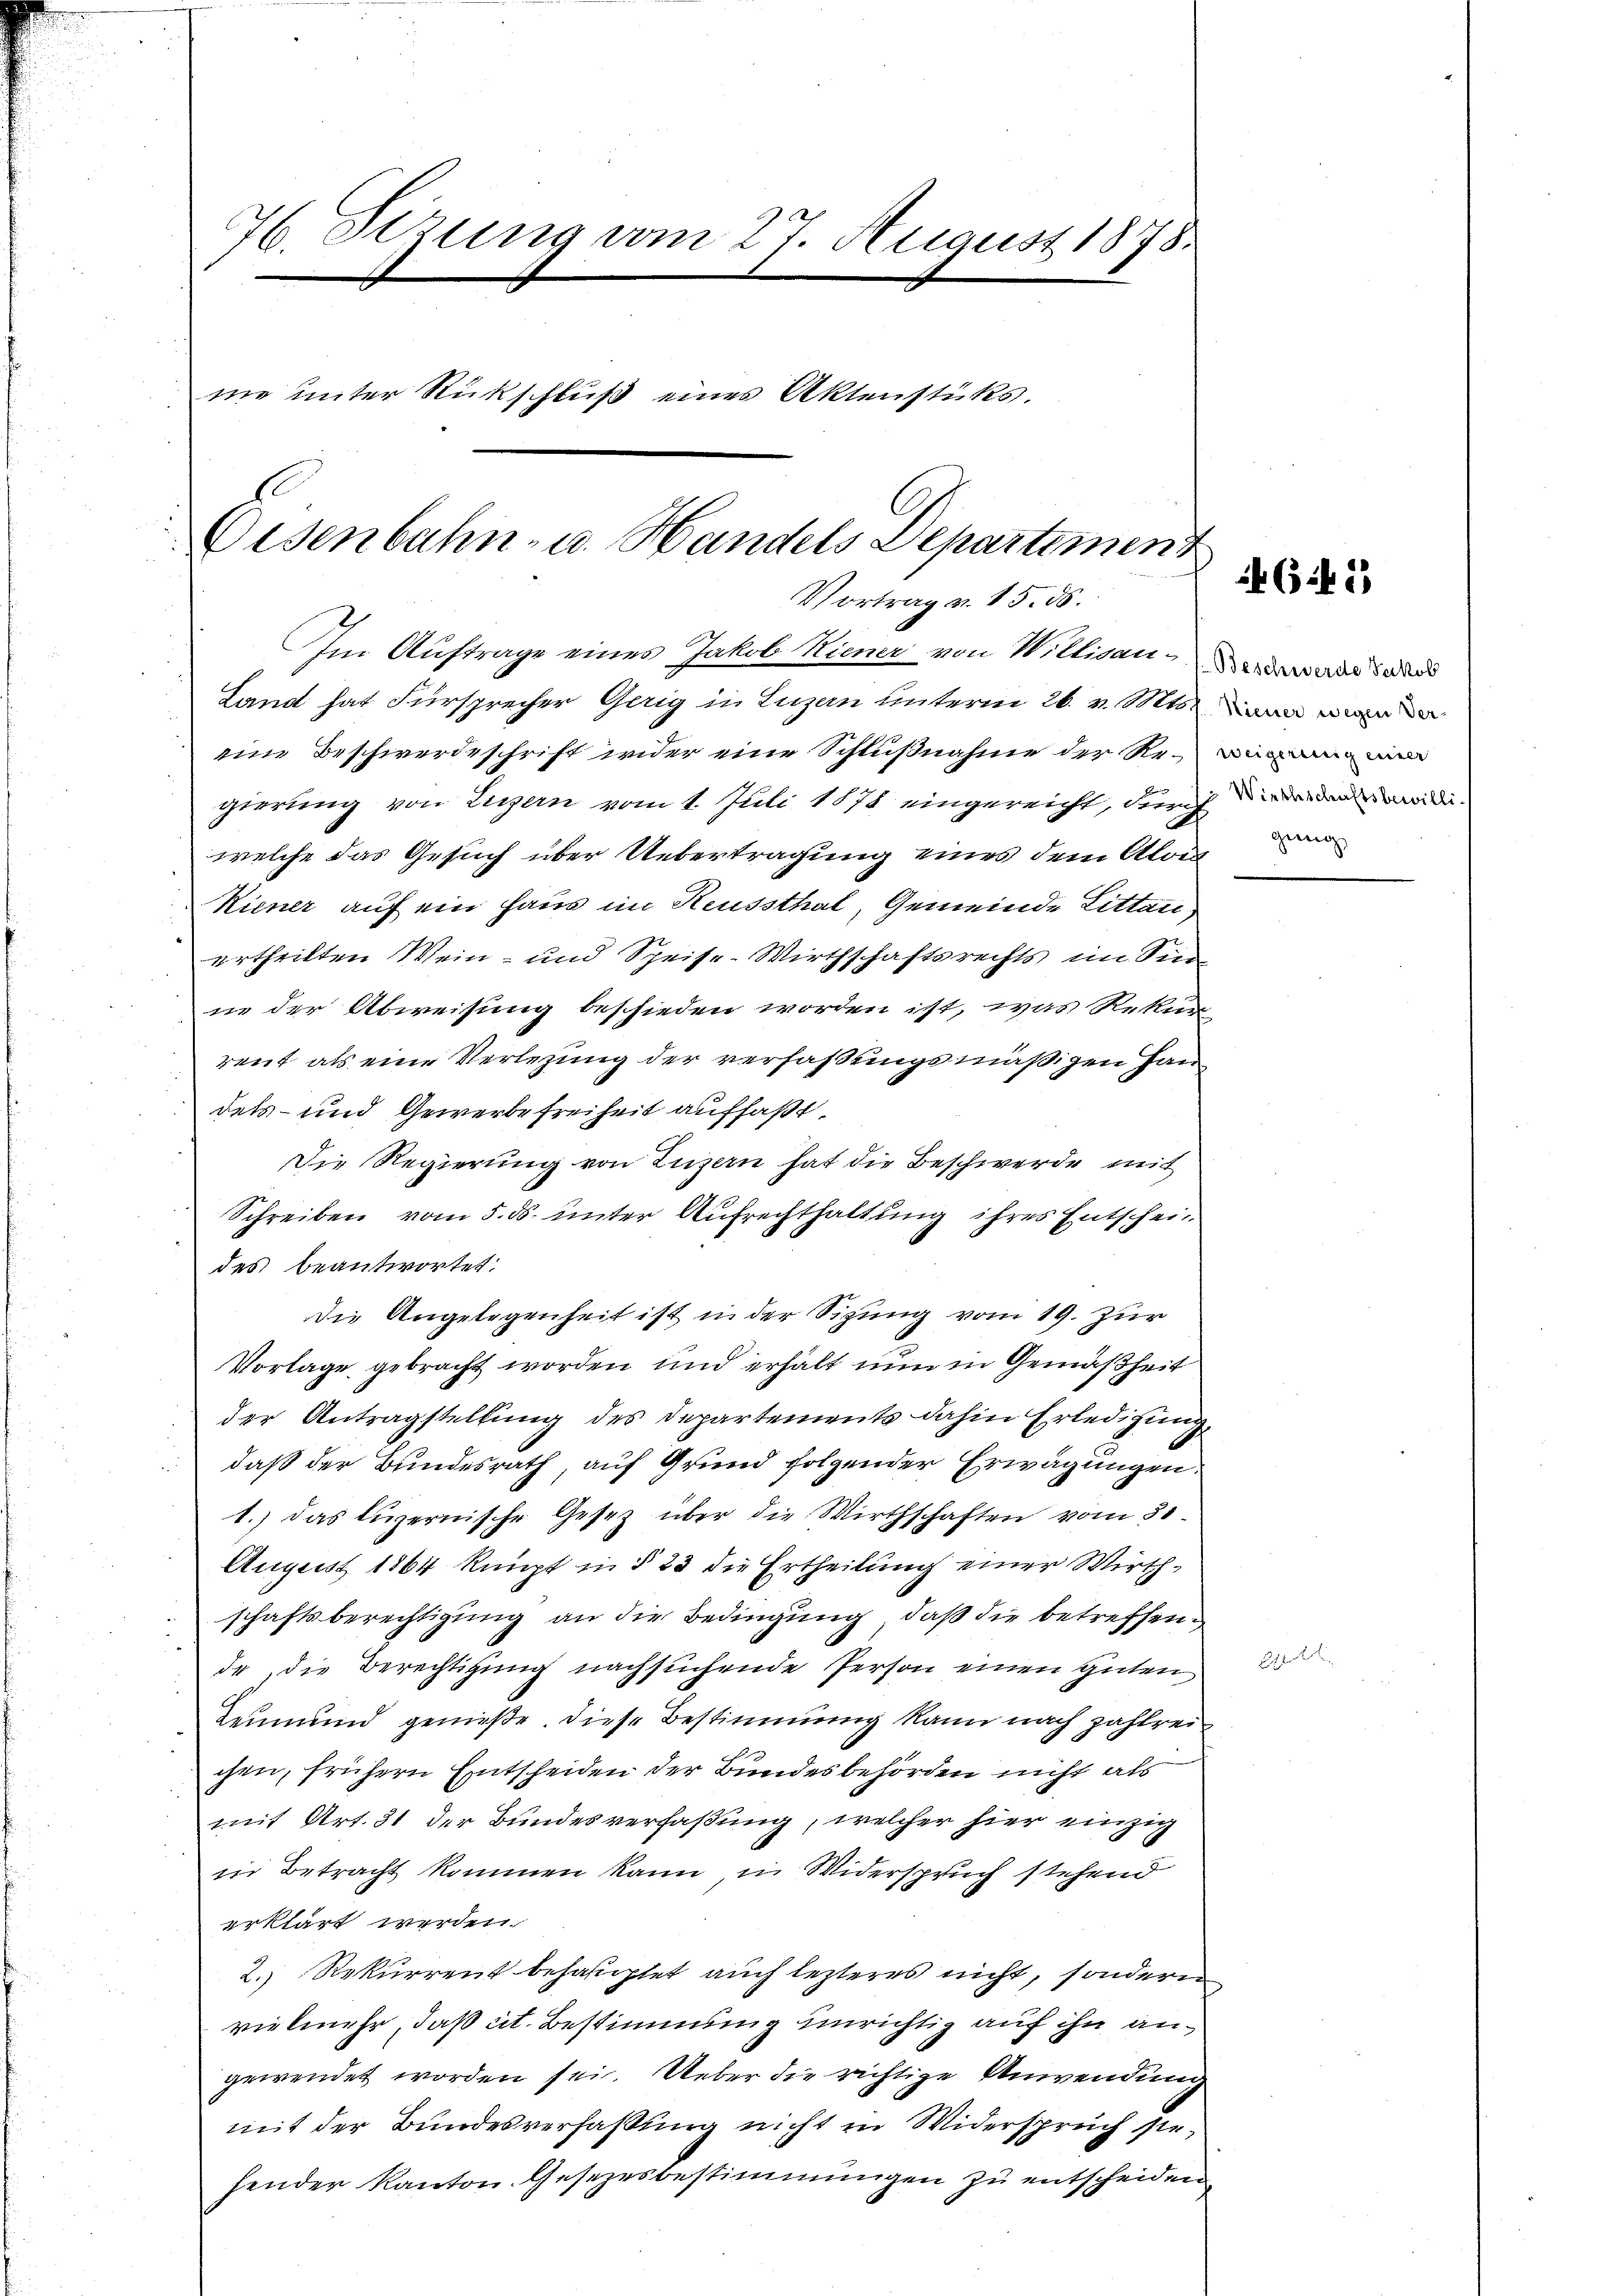
76. Sizung vom 27. August 1878.
ne unter Rückschluß eines Aktenstüks.
Eisenbahn- u. Handels Departement
Vortrag v. 15. ds.

Im Auftrage eines Jakob Kiener von Willisau-des
Land hat Fürsprecher Gerig in Luzern unterm 26. v. Mts. in we

im Beschwerdeschrift weder eine Schlußnahme der Regierung von Legern vom 1. Juli 1878 eingereicht, durch werden wide
welche das Gesuch über Uebertragung eines dem Aloi
Kiener auf ein Haus im Heussthal, Gemeinde Littanurtheilten Wein- und Speise-Wirthschaftsrechts im Sin
ne der Abweisung beschieden worden ist, was Rekur
rent als eine Verlegung der verfaßungsmäßigen Haudes- und Gewerbefreiheit auffaßt.
Die Regierung von Luzern hat die Beschwerde mit
Schreiben vom 5. ds. unter Aufrechthaltung ihres Entscheides beantwortet.
Die Angelegenheit ist in der Sizung vom 19. Zur
Vorlage gebracht worden und erhalt nun in Gemäßheit
der Antragstellung des Departements dahin Erledigung
daß der Bundesrath, auf Grund folgender Erwägungen.
1.) das luzernische Gesetz über die Wirthschaften vom 31.
August 1864 kaupt in § 23 die Ertheilung einer Wirthschaftsberechtigung an die Bedingung, daß die betreffende, die Berechtigung nachsuchende Person einen guten
Leumund genieße. Diese Bestimmung kann nach zahlreichen, frühern Entscheiden der Bundesbehörden nicht als
mit Art. 31 der Bundesverfaßung, welcher hier einzig
in Betracht kommen kann, in Widerspruch stehend
erklärt werden.
2. Rekurrent behauptet auch lezteres nicht, sondern
vielmehr, daß ist. Bestimmung unrichtig auf ihn angewendet worden sei. Ueber die richtige Anwendung
mit der Bundesverfassung nicht in Widerspruch sie,
hender Kanton. Gesezesbestimmungen zu entscheiden

62

gung